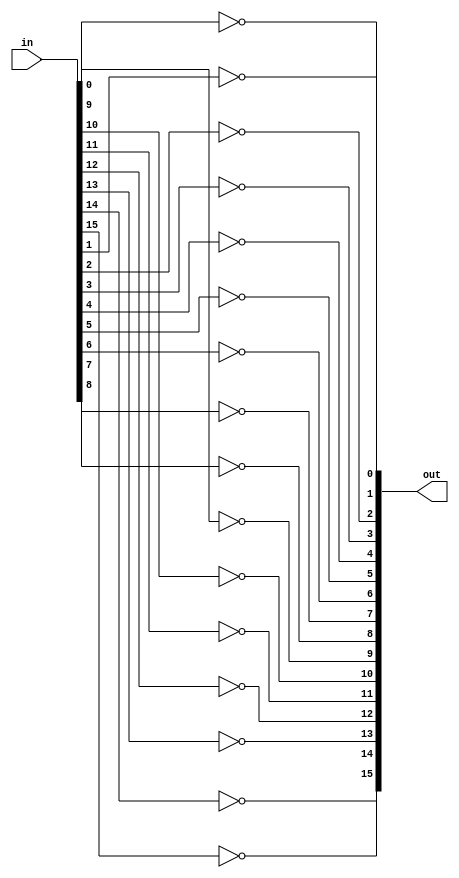
/**
 * 16-bit Not gate: for i = 0..15: out[i] = Not in[i]
 *
 * Adapted from "The Elements of Computer Systems"
 * by Nisan and Schocken, MIT Press.
 *
 * Adapted by Jeremiah Biard
 * 7/19/2013
 *
 */
 
module not16(
  output [15:0] out,
  input [15:0] in);
  
  not
    n0(out[0], in[0]),
    n1(out[1], in[1]),
    n2(out[2], in[2]),
    n3(out[3], in[3]),
    n4(out[4], in[4]),
    n5(out[5], in[5]),
    n6(out[6], in[6]),
    n7(out[7], in[7]),
    n8(out[8], in[8]),
    n9(out[9], in[9]),
    n10(out[10], in[10]),
    n11(out[11], in[11]),
    n12(out[12], in[12]),
    n13(out[13], in[13]),
    n14(out[14], in[14]),
    n15(out[15], in[15]);
    
endmodule